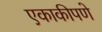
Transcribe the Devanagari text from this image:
एकाकीपणे